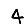
Digit: 4